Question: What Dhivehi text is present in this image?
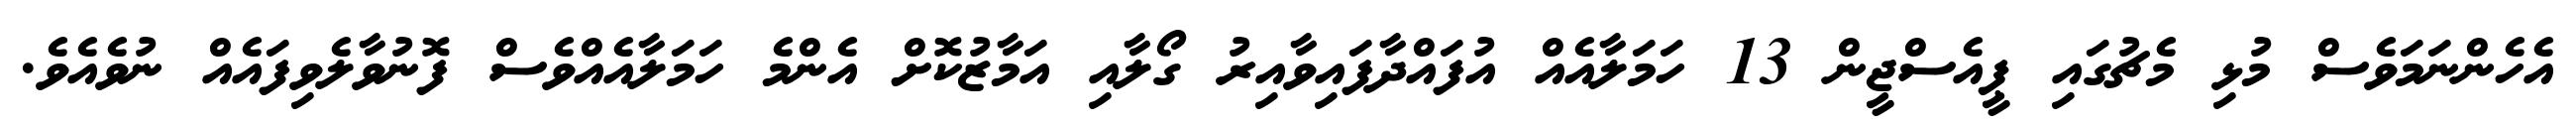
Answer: އެހެންނަމަވެސް މުޅި މެޗުގައި ޕީއެސްޖީން 13 ހަމަލާއެއް އުފައްދާފައިވާއިރު ގޯލާއި އަމާޒުކޮށް އެންމެ ހަމަލާއެއްވެސް ފޮނުވާލެވިފައެއް ނުވެއެވެ.